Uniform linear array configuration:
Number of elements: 16
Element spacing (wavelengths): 0.25
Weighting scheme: cosine
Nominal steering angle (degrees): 60
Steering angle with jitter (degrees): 61.648
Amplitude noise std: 0.05
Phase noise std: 0.05

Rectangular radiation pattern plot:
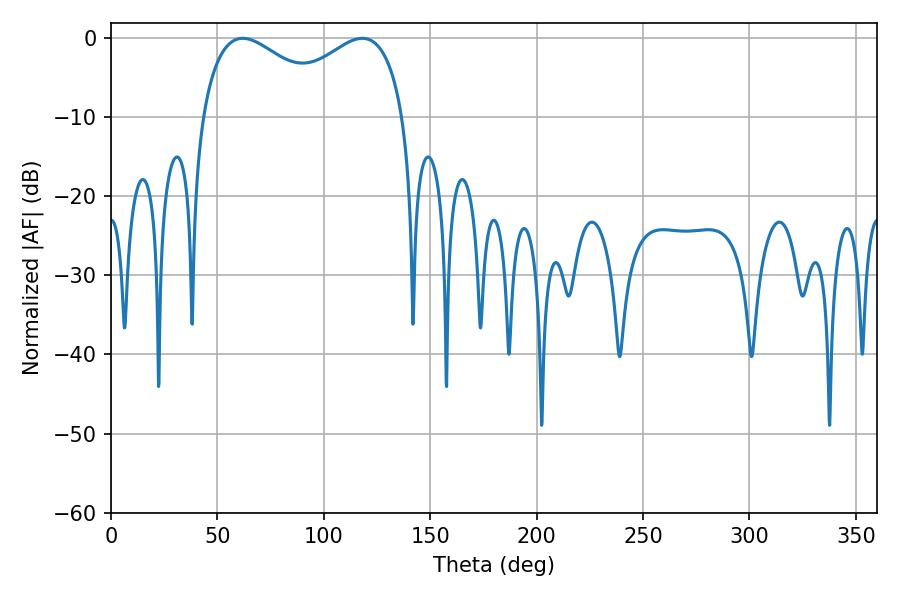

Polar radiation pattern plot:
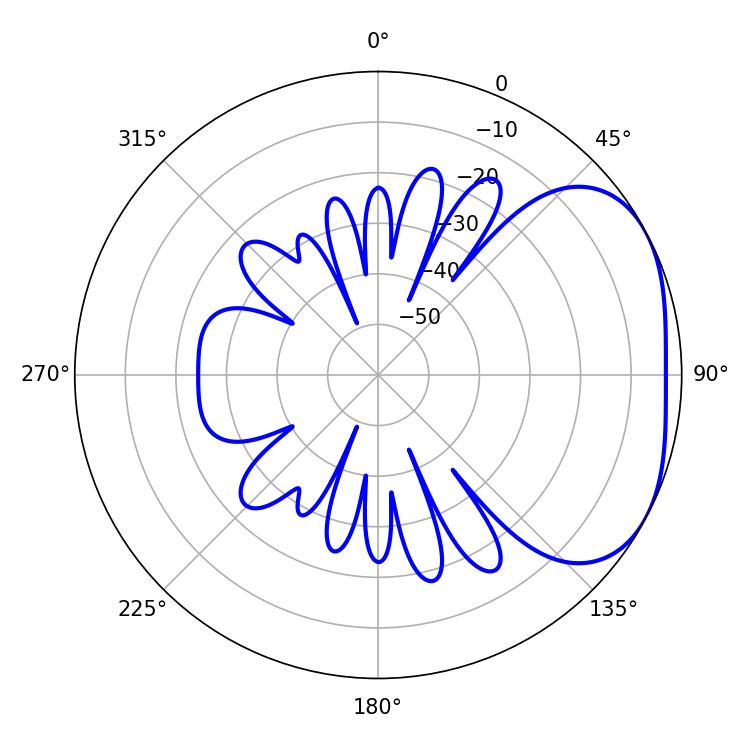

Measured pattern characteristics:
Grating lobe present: FALSE
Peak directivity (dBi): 3.015
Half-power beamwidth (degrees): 35.82
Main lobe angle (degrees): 61.92